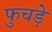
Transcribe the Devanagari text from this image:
फुचड़े